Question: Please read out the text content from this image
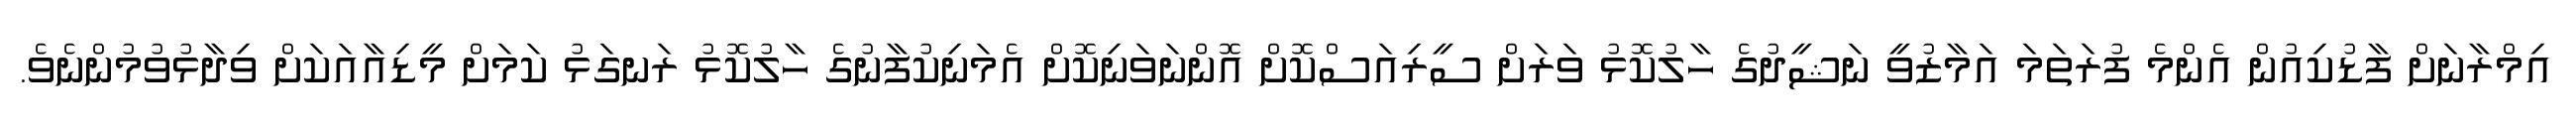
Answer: އިމްރާނަށް ފާޑުކިއުން އެންމެ ފުރަތަމަ އަމާޒުވީ ނަޝީދުގެ ހާލުކޮޅު ވަރަށް ސީރިއަސްކޮށް އޮންނަވަނިކޮށް އެމަނިކުފާނުގެ ހާލުކޮޅު ރަނގަޅު ކަމަށް މީޑިއާއަކަށް ވިދާޅުވުމުންނެވެ.